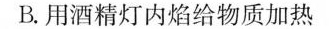
B.用酒精灯内焰给物质加热